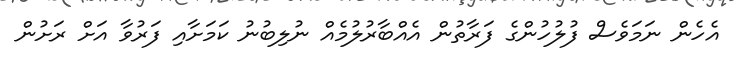
އެހެން ނަމަވެސް ފުލުހުންގެ ފަރާތުން އެއްބާރުލުމެއް ނުލިބުނު ކަމަށާއި ފަރުވާ އަށް ރަށުން